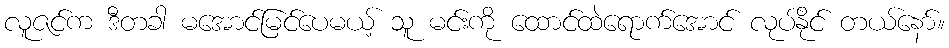
လူဇင်က ဒီတခါ မအောင်မြင်ပေမယ့် သူ မင်းကို ထောင်ထဲရောက်အောင် လုပ်နိုင် တယ်နော်။